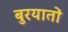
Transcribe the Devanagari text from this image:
बुरयातों